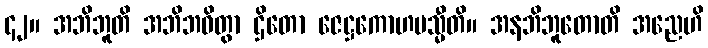
၄၂။ အဘိဘူတိ အဘိဘဝိတွာ ဌိတော ဇေဋ္ဌကောဟမသ္မီတိ။ အနဘိဘူတောတိ အညေဟိ